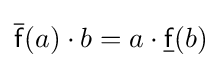
{\overline {\mathsf {f}}}(a)\cdot b=a\cdot {\underline {\mathsf {f}}}(b)